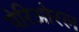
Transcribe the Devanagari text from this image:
पेरिओरल